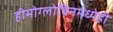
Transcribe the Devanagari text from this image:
हीमोग्लोबिनमध्येही